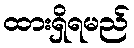
ထားရှိရမည်